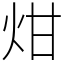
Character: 㶰